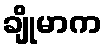
ချိုမာက